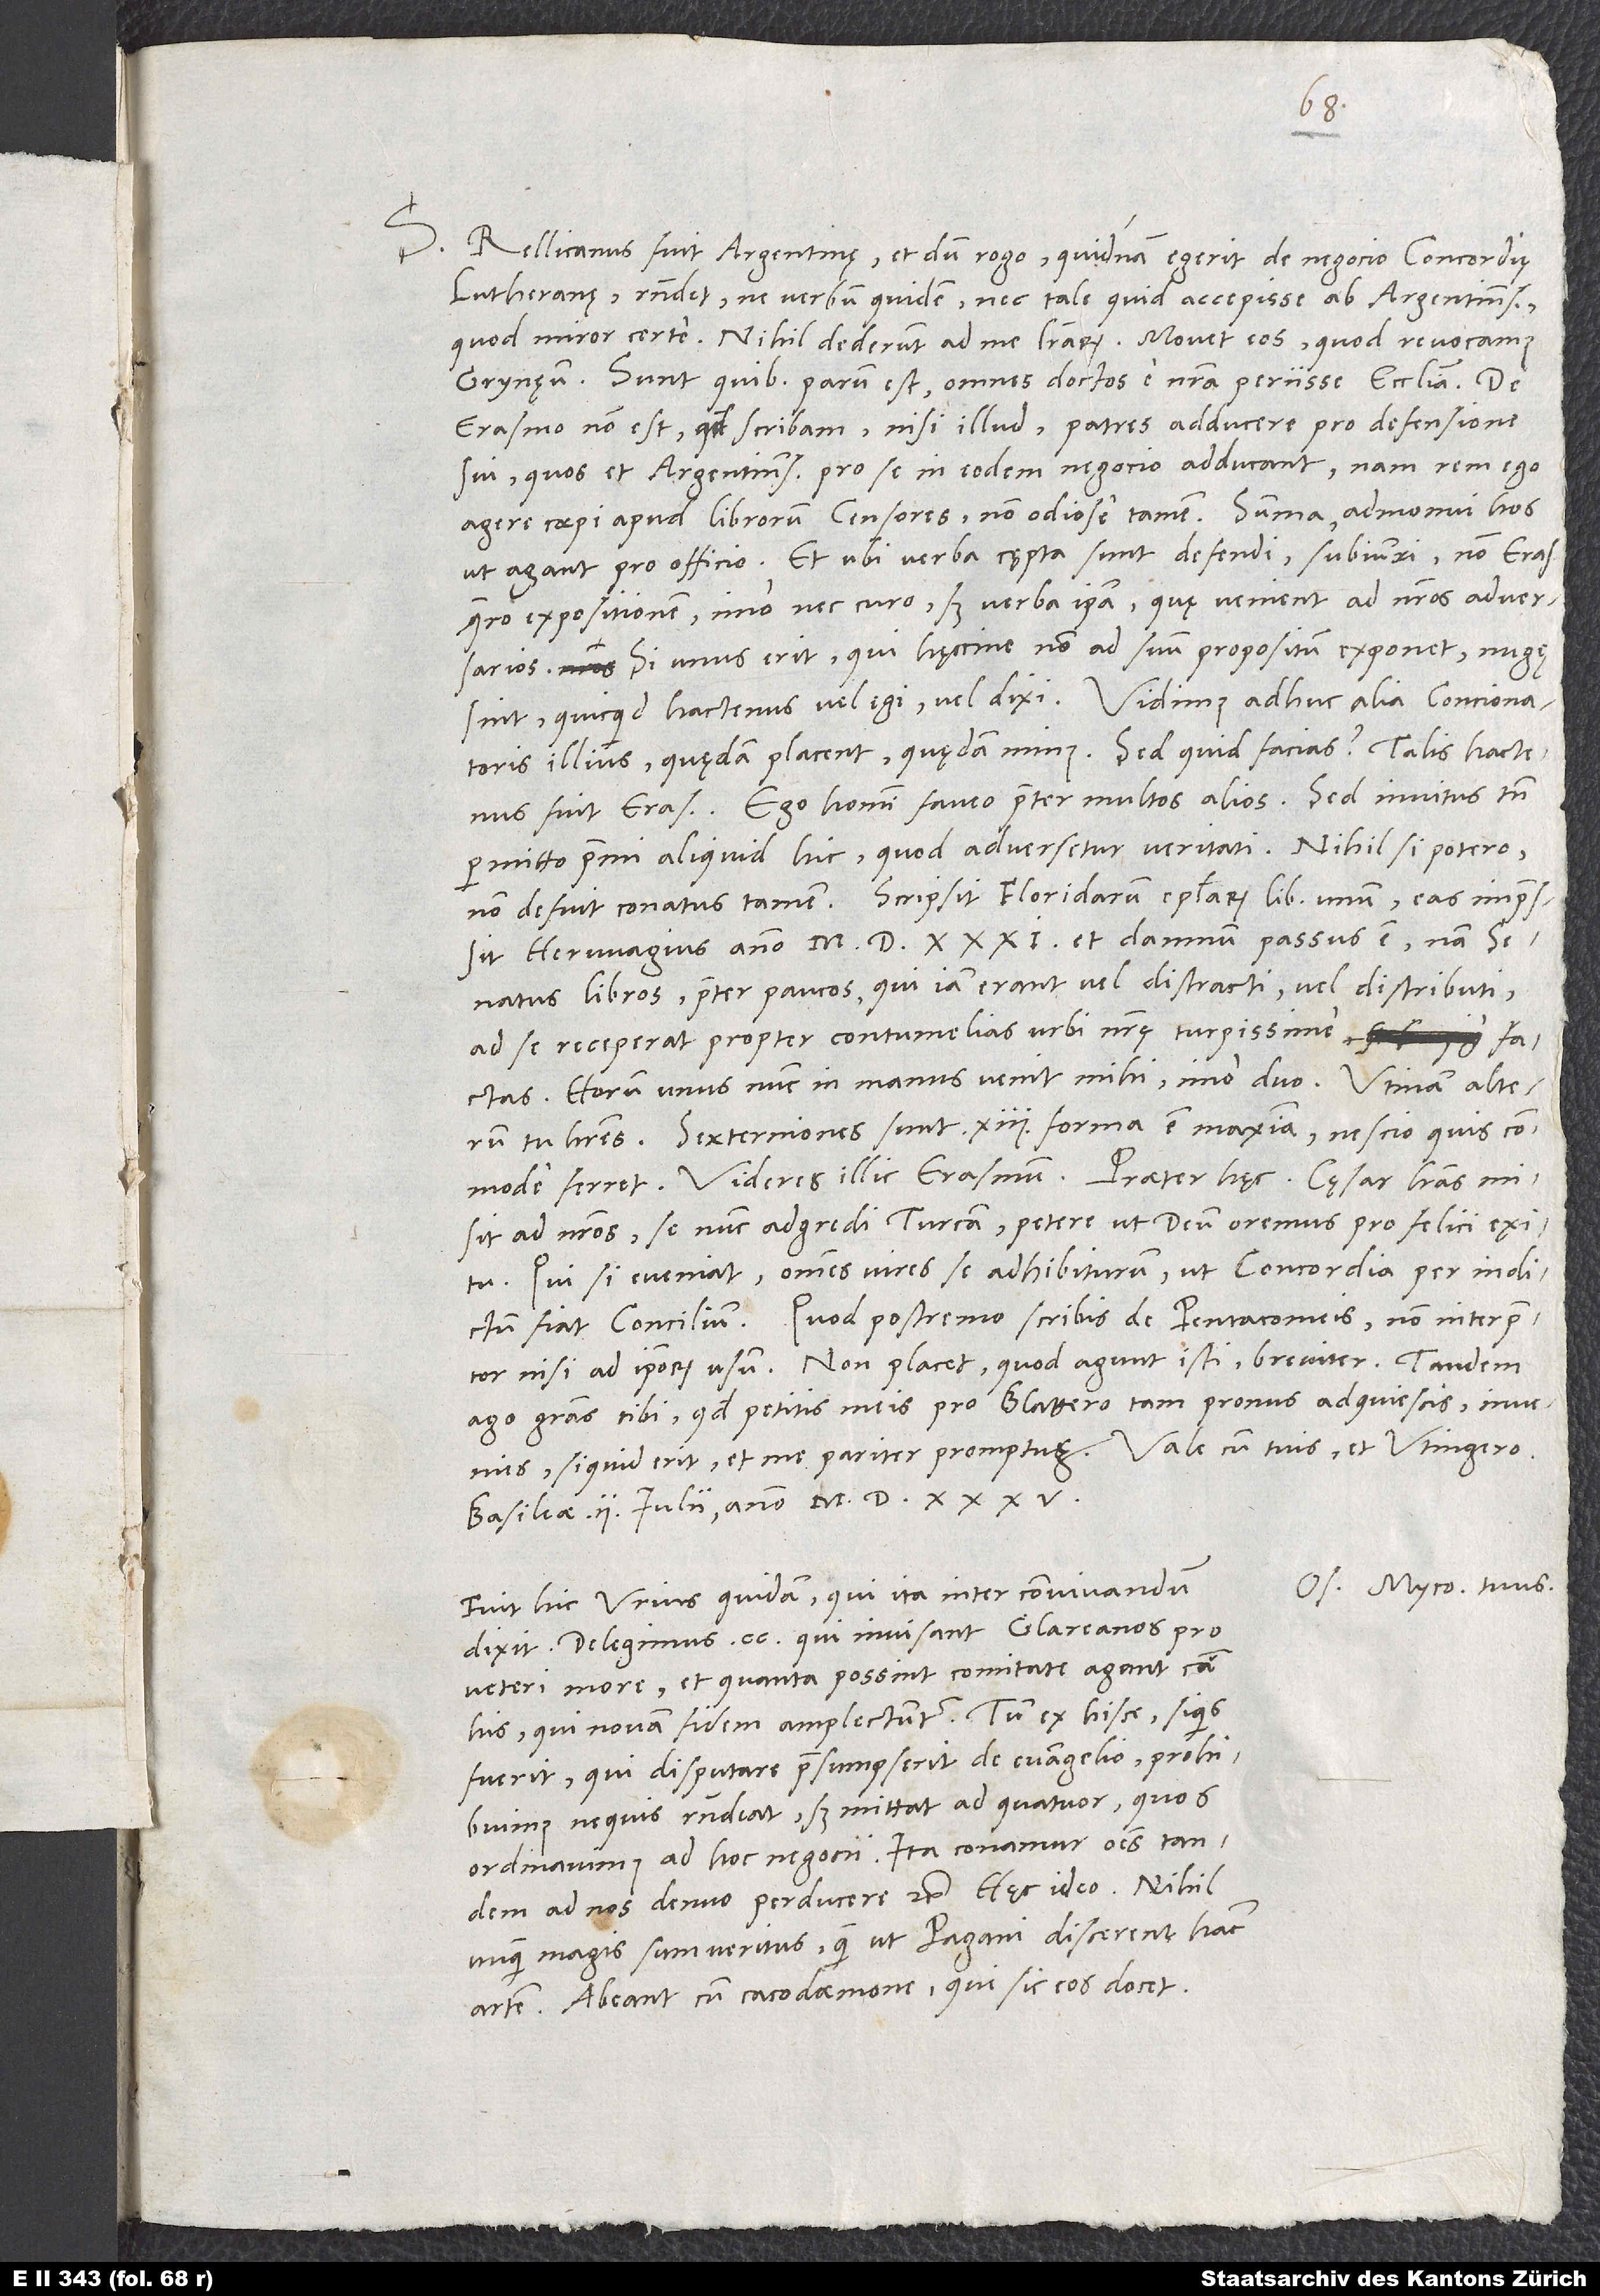
S. Rellicanus fuit Argentinę, et dum rogo, quidnam egerit de negocio concordię
Lutheranę, respondet, ne verbum quidem, nec tale quid accepisse ab Argentinensibus,
quod miror certe. Nihil dederunt ad me literarum. Movet eos, quod revocamus
Grynęum. Sunt, quibus parum est omnes doctos e nostra periisse ecclesia.
Erasmo non est, quod scribam, nisi illud, patres adducere pro defensione
sui, quos et Argentinenses pro se in eodem negocio adducant. Nam rem ego
agere coepi apud librorum censores, non odiose tamen. Summa: Admonui hos,
ut agant pro officio, et ubi verba cępta sunt defendi, subiunxi: "Non Erasmi
quaero expositionem, imo nec curo, sed verba ipsa, quę venient ad nostros adversarios.
Si unus erit, qui hęccine non ad suum propositum exponet, nugę
sint, quicquid hactenus vel egi vel dixi." Vidimus adhuc alia concionatoris
illius; quędam placent, quędam minus. Sed quid facias? Talis hactenus
fuit Erasmus. Ego homini faveo praeter multos alios, sed invitus tamen
permitto premi aliquid hic, quod adversetur veritati. Nihil si potero,
non defuit conatus tamen. Scripsit Floridarum epistolarum librum unum, eas impressit
Herwagius anno 1531 et damnum passus est, nam
senatus libros praeter paucos, qui iam erant vel distracti vel distributi,
ad se receperat propter contumelias urbi nostrę turpissime factas.
Horum unus nunc in manus venit mihi, imo duo. Utinam alterum
tu haberes! Sextemiones sunt 13, forma est maxima. Nescio quis commode
misit ad nostros se nunc adgredi Turcam, petere, ut deum oremus pro felici exitu.
Qui si eveniat, omnes vires se adhibiturum, ut concordia per indictum
Quod postremo scribis de Pentacomeis, non interpretor
nisi ad ipsorum usum. Non placent, quod agunt isti, breviter.
ago gratias tibi, quod petitis meis pro Blattero tam pronus adquiescis. Invenies,
Basileae, 2. iulii anno 1535.
Os. Myco. tuus.
Fuit hic Urius quidam, qui ita inter convivandum
dixit: "Delegimus 200, qui invisant Glareanos pro
veteri more et quanta possint comitate agant cum
his, qui novam fidem amplectuntur. Tum ex hisce si quis
fuerit, qui disputare praesumpserit de evangelio, prohibuimus,
ne quis respondeat, sed mittat ad quatuor, quos
ordinavimus ad hoc negocii. Ita conamur omnes tandem
ad nos denuo perducere" etc. Haec ideo: Nihil
unquam magis sum veritus, quam ut pagani discerent hanc
artem. Abeant cum cacodaemone, qui sic eos docet.